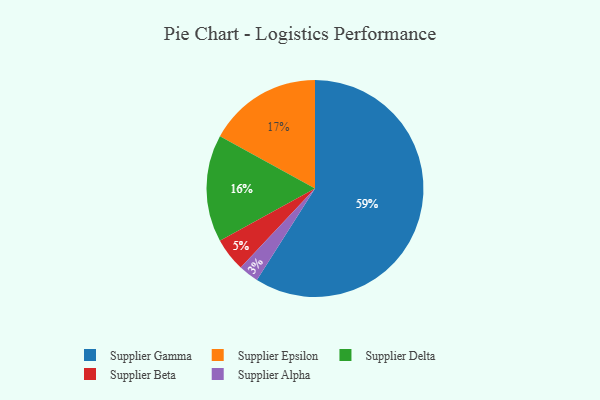
{"axis": {"x": "Category", "y": "Percentage"}, "legend": ["Supplier Alpha", "Supplier Beta", "Supplier Delta", "Supplier Epsilon", "Supplier Gamma"], "data": [{"x": "Supplier Epsilon", "y": 17, "type": "Supplier Epsilon"}, {"x": "Supplier Gamma", "y": 59, "type": "Supplier Gamma"}, {"x": "Supplier Alpha", "y": 3, "type": "Supplier Alpha"}, {"x": "Supplier Delta", "y": 16, "type": "Supplier Delta"}, {"x": "Supplier Beta", "y": 5, "type": "Supplier Beta"}]}